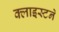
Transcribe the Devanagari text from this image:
क्लाइस्टने